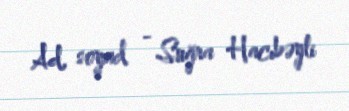
Ad, soyad - Suğra Hacıbəyli